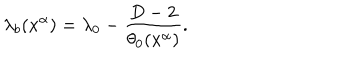
LaTeX: \lambda _ { b } ( x ^ { \alpha } ) = \lambda _ { 0 } - \frac { D - 2 } { \theta _ { 0 } ( x ^ { \alpha } ) } .